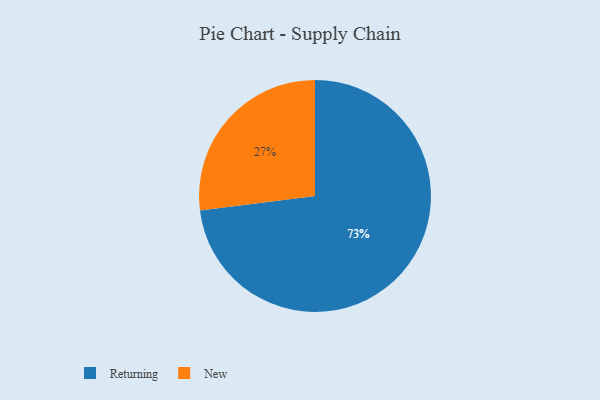
{"axis": {"x": "Category", "y": "Percentage"}, "legend": ["New", "Returning"], "data": [{"x": "New", "y": 27, "type": "New"}, {"x": "Returning", "y": 73, "type": "Returning"}]}